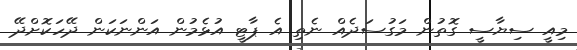
މިއީ ސިޔާސީ ގޮތުން މަގުސަދެއް ނެތި އެ ޕާޓީ އުޅެމުން އަންނަކަން ދޭހަކޮށްދޭ